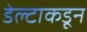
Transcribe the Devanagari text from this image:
डेल्टाकडून